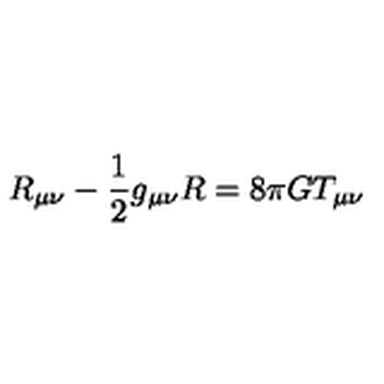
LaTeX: R _ { \mu \nu } - \frac { 1 } { 2 } g _ { \mu \nu } R = 8 \pi G T _ { \mu \nu }